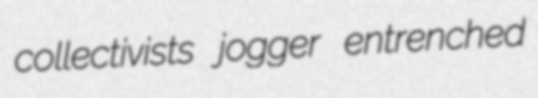
collectivists jogger entrenched